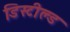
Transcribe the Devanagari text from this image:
डिस्टील्ड